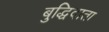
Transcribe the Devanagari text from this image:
बुद्धिदाता